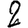
Digit: 2